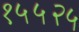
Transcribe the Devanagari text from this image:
१५५२५